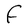
Character: F